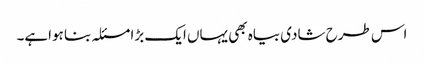
اس طرح شادی بیاہ بھی یہاں ایک بڑا مسئلہ بنا ہواہے۔